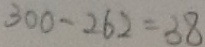
3 0 0 - 2 6 2 = 3 8